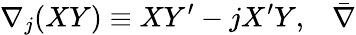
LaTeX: \nabla_{j}(XY)\equiv XY^{\prime}-jX^{\prime}Y,\; \; \; \bar{\nabla}